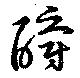
釂